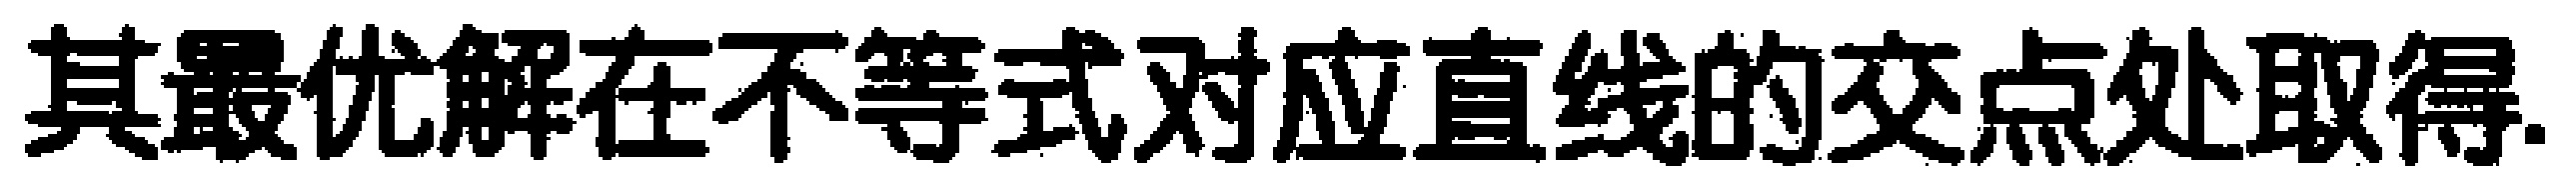
其最优解在不等式对应直线的交点处取得.